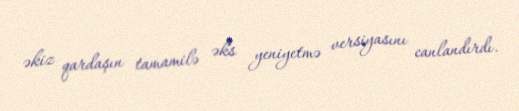
əkiz qardaşın tamamilə əks yeniyetmə versiyasını canlandırdı.